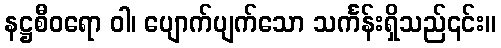
နဋ္ဌစီဝရော ဝါ၊ ပျောက်ပျက်သော သင်္ကန်းရှိသည်၎င်း။